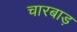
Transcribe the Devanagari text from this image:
चारबाड़